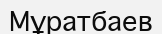
Мұратбаев